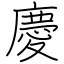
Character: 慶